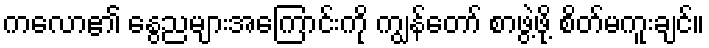
ကလော၏ နွေညများအကြောင်းကို ကျွန်တော် စာဖွဲ့ဖို့ စိတ်မကူးချင်။